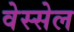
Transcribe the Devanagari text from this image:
वेस्सेल